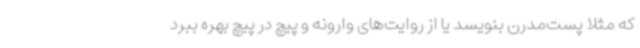
که مثلا پست‌مدرن بنویسد یا از روایت‌های وارونه و پیچ در پیچ بهره ببرد